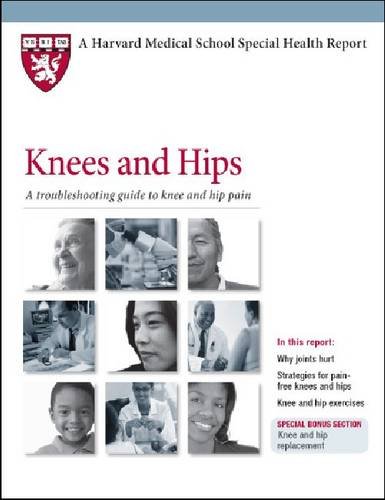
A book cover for Knees and Hips: A Troubleshooting Guide to Knee and Hip Pain (Harvard Medical School Special Health Reports); Health, Fitness & Dieting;